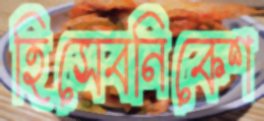
হিসেবনিকেশ